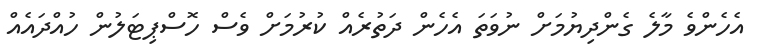
އެހެންވެ މާލެ ގެންދިޔުމަށް ނުވަތަ އެހެން ދަތުރެއް ކުރުމަށް ވެސް ހޮސްޕިޓަލުން ހުއްދައެއް